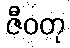
ဇီဝတု